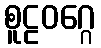
စူဠဝဂ္ဂေ